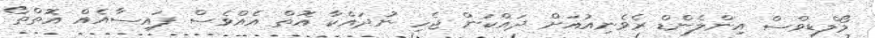
މޯލްޑިވްސް އިންލެންޑް ރެވެނިއުއަށް ދައްކަން ޖެހި ނުދައްކާ އޮތް އެއްވެސް ފައިސާއެއް އޮތްތޯ